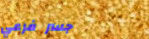
جسر فرعي